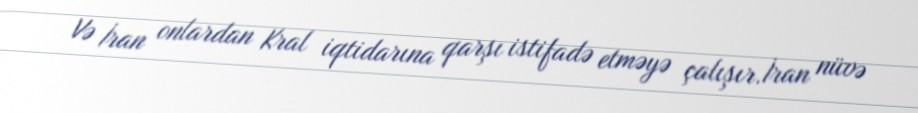
Və İran onlardan Kral iqtidarına qarşı istifadə etməyə çalışır.İran nüvə